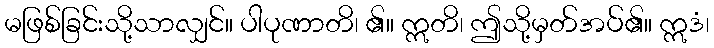
မဖြစ်ခြင်းသို့သာလျှင်။ ပါပုဏာတိ၊ ၏။ ဣတိ၊ ဤသို့မှတ်အပ်၏။ ဣဒံ၊